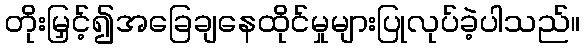
တိုးမြှင့်၍အခြေချနေထိုင်မှုများပြုလုပ်ခဲ့ပါသည်။